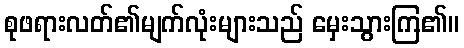
စုဖရားလတ်၏မျက်လုံးများသည် မှေးသွားကြ၏။